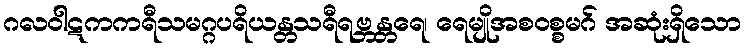
ဂလဝါဋကကရီသမဂ္ဂပရိယန္တသရီရဗ္ဘန္တရေ၊ ရေမျိုအစဝစ္စမဂ် အဆုံးရှိသော